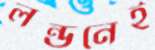
লন্ডনেই